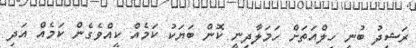
ރަޝީދު ބުނީ ހިލްއަތަށް ހަމަލާދިނީ ކޮން ބަޔަކު ކަމެއް ކީއްވެގެން ކަމެއް އަދި